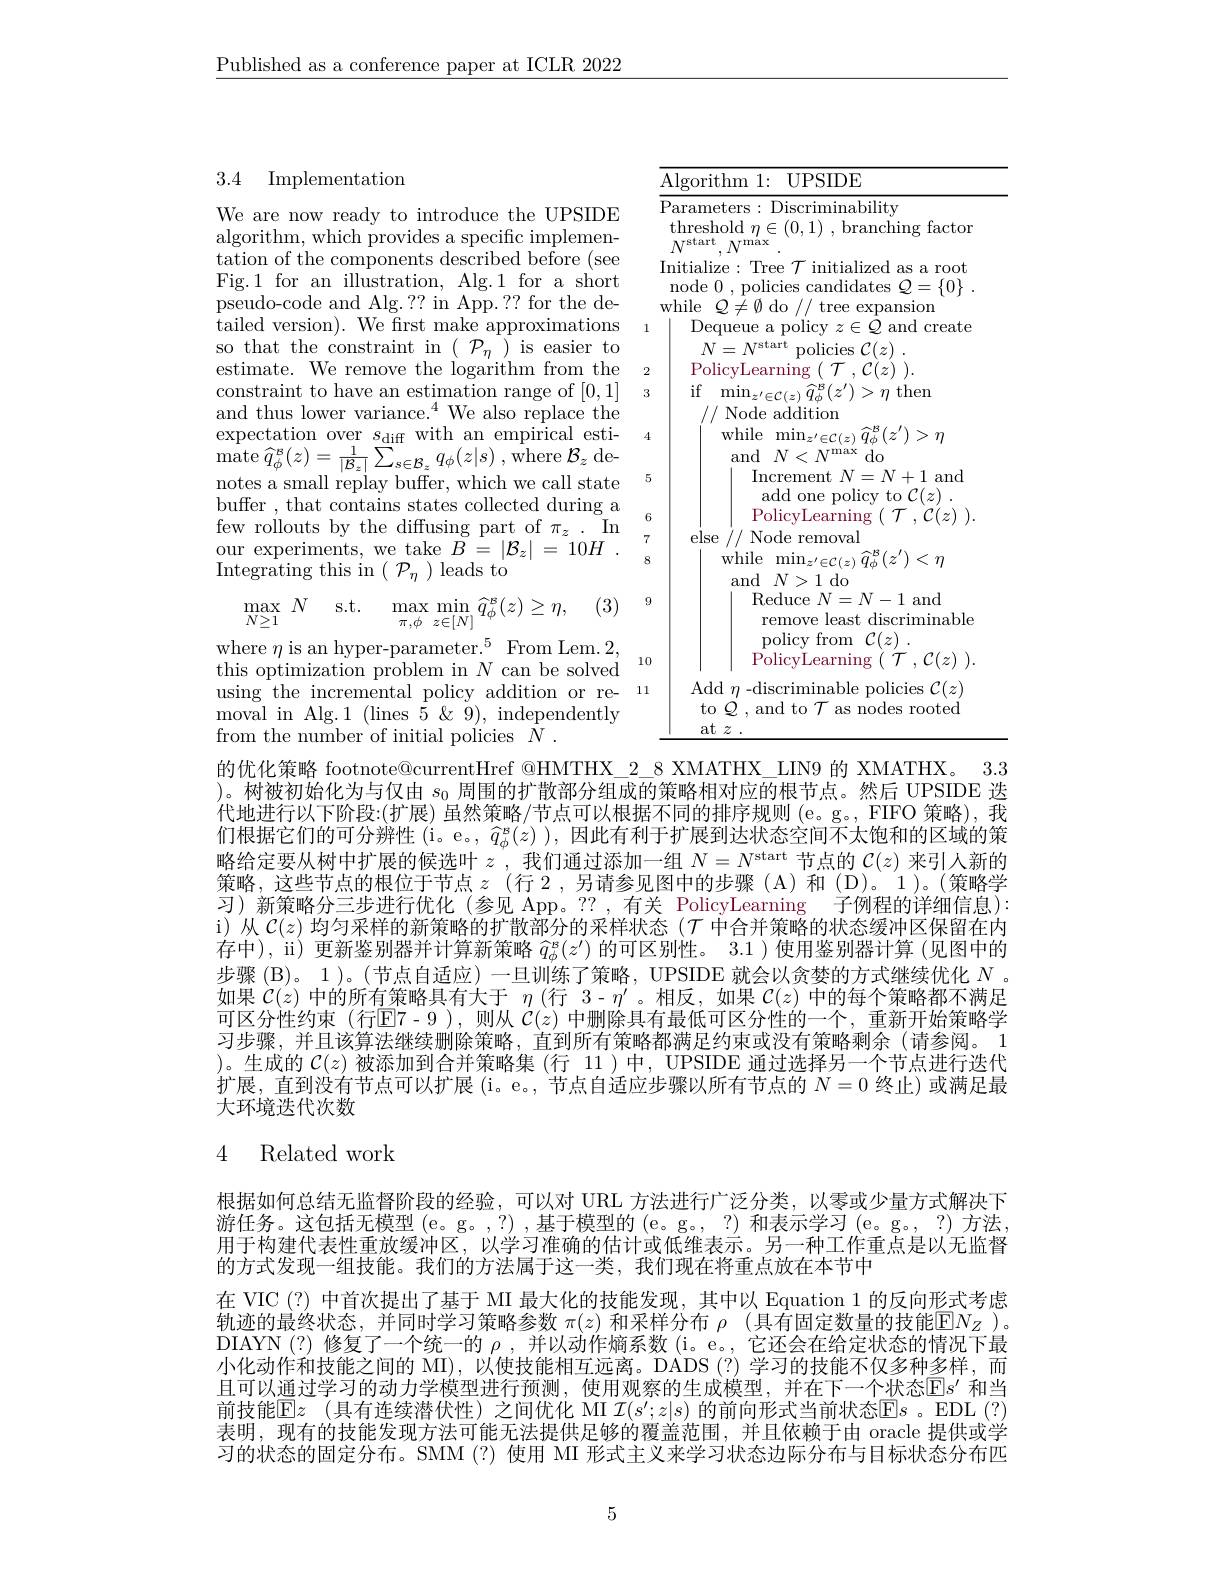
$\underline{\text{Published as a conference paper at ICLR 2022}}$

<table>
	<tbody>
		<tr>
			<td>3.4 Implementation</td>
			<td>Algorithm 1: UPSIDE</td>
		</tr>
		<tr>
			<td>We are now ready to introduce the UPSIDE algorithm, which provides a specific implemen-</td>
			<td>Parameters: Discriminability threshold $\eta\in(0,1)$ , branching factor $N^{\mathrm{start}}$ $N^{\mathrm{max}}$</td>
		</tr>
		<tr>
			<td>me components L 1 $0ut$ red berore (see Fig.1 for an illustration, Alg.1 for a short pseudo-code and Alg.?? in App.?? for the de-</td>
			<td>Initialize: Tree $\mathcal{T}$ initialized as a root node 0, policies candidates $Q=\{0\}$ while $Q\neq\emptyset$ do // tree expansion</td>
		</tr>
		<tr>
			<td>${\mathrm{tailed~version}}).$ IS ke approximatlons $KF$ so that the constraint in ( is easier to $\because D$</td>
			<td>Dequeue a policy $z\in\mathcal{Q}$ and create $N=N^{\mathrm{start}}$ policies $C( z)$</td>
		</tr>
		<tr>
			<td>estimate. $We$ $\log$ from the thp $\operatorname{rarithm}$</td>
			<td>PolicyLearning ( $\mathcal{T}$ , $\mathcal{C} ( z)$ ).</td>
		</tr>
		<tr>
			<td>constraint to have an estimation range of [0,1] $\mathrm{s.}^{4}$We also replace the and thus lower variance.</td>
			<td>$if$ $\operatorname*{min}_{z^{\prime}\in\mathcal{C}(z)}\widehat{q}_{\phi}^{B}(z^{\prime})>\eta$ then / Node addition</td>
		</tr>
		<tr>
			<td>expectation over $s_\mathrm{diff}$ with an empirical esti- $\mathop{\mathrm{mate~}\widehat{q}^{\mathrm{B}}(z)}$ . where $\mathcal{B} _{, }$de-</td>
			<td>while $\operatorname*{min}_{z^{\prime}\in\mathcal{C}(z)}\widehat{q}_{\phi}^{\mathcal{B}}(z^{\prime})>\eta$ and $N<N^{\mathrm{max}}$ $do$</td>
		</tr>
		<tr>
			<td>notes a smal replav ffer, which we call state</td>
			<td>Increment $N= N+ 1$and add one policy to $\mathcal{C} ( z)$ .</td>
		</tr>
		<tr>
			<td>our experiments, we take $B=|\mathcal{B}_z|=10H$ Integrating this in $(\mathcal{P}_{n})$ leads to</td>
			<td>else // Node removal while $\operatorname*{min}_{z^{\prime}\in\mathcal{C}(z)}\widehat{q}_{\phi}^{\mathcal{B}}(z^{\prime})<\eta$</td>
		</tr>
		<tr>
			<td>$\max N$ s.t. max min $\widehat{q}_{\phi}^{\mathcal{B}}(z)\geq\eta$, (3) ${\overset{\mathbf{n}\mathbf{n}}{N\geq1}}$ $\pi , \phi$ $z\in [ N]$</td>
			<td>Reduce $N=N-1$ and remove least discriminable</td>
		</tr>
		<tr>
			<td>where $\eta$ is an hyper-parameter.$^5$ FromLem. 2 </td>
			<td>policy from $\operatorname{PolicyLearning}$ ( $\mathcal{T}$ , $\mathcal{C} ( z)$ )</td>
		</tr>
		<tr>
			<td>using the incremental 1 policv ${\textnormal{v}}{\textnormal{addition}}{\textnormal{or}}{\textnormal{re-}}$ moval in Alg.1 (lines 5 &9), independently from the numher of initial nolicies $N$</td>
			<td>Add $\eta$-discriminable policies $\mathcal{C}(z)$ to $\mathcal{Q}$, and to $\mathcal{T}$ as nodes rooted at $z$</td>
		</tr>
	</tbody>
</table>

的优化策略 footnote@currentHref @HMTHX\_2\_8 XMATHX\_LIN9 的 XMATHX。3.3

)。树被初始化为与仅由$s_0$周围的扩散部分组成的策略相对应的根节点。然后 UPSIDE 迭代地进行以下阶段：(扩展)虽然策略/节点可以根据不同的排序规则(e。g。, FIFO 策略),我们根据它们的可分辨性(i。e。,$\widehat{q}_\phi^\mathrm{s}(z))$,因此有利于扩展到达状态空间不太饱和的区域的策略给定要从树中扩展的候选叶$z^{\prime}$,我们通过添加一组$N=N^\mathrm{start}$节点的$\mathcal{C}(z)$来引人新的策略，这些节点的根位于节点$z$ (行 2,另请参见图中的步骤 (A)和 (D)。1)。(策略学习)新策略分三步进行优化(参见 App。??,有关 PolicyLearning 子例程的详细信息) i)从$\mathcal{C}(z)$均匀采样的新策略的扩散部分的采样状态$(\mathcal{T}$中合并策略的状态缓冲区保留在内存中), ii) 更新鉴别器并计算新策略$\widehat{q}_\phi^\mathrm{s}(z^{\prime})$的可区别性。3.1 )使用鉴别器计算 (见图中的步骤(B)。1)。(节点自适应)一旦训练了策略，UPSIDE 就会以贪婪的方式继续优化$N$ 。如果$\mathcal{C}(z)$中的所有策略具有大于$\eta$ (行 3- $\eta^\prime$ 。相反，如果$\mathcal{C}(z)$中的每个策略都不满足可区分性约束(行$\overline{\mathrm{E}}7-9$ ),则从 $\mathcal{C}(z)$ 中删除具有最低可区分性的一个，重新开始策略学习步骤，并且该算法继续删除策略，直到所有策略都满足约束或没有策略剩余(请参阅。1 )。生成的$\mathcal{C}(z)$被添加到合并策略集 (行 11)中，UPSIDE 通过选择另一个节点进行迭代扩展，直到没有节点可以扩展(i。e。, 节点自适应步骤以所有节点的$N=0$终止)或满足最大环境迭代次数

# 4 Related work

根据如何总结无监督阶段的经验，可以对 URL 方法进行广泛分类，以零或少量方式解决下游任务。这包括无模型(e。g。,?) ,基于模型的 (e。g。, ?) 和表示学习 (e。g。, ?) 方法用于构建代表性重放缓冲区，以学习准确的估计或低维表示。另一种工作重点是以无监督的方式发现一组技能。我们的方法属于这一类，我们现在将重点放在本节中
在 VIC (?) 中首次提出了基于 MI 最大化的技能发现，其中以 Equation 1 的反向形式考虑轨迹的最终状态，并同时学习策略参数$\pi(z)$和采样分布$\rho(\bar\text{具有固定数量的技能}\mathbb{E}N_Z)$。DIAYN (?)修复了一个统一的$\rho$ ,并以动作熵系数 (i。e。, 它还会在给定状态的情况下最小化动作和技能之间的 MI),以使技能相互远离。DADS(?)学习的技能不仅多种多样，而且可以通过学习的动力学模型进行预测，使用观察的生成模型，并在下一个状态$\mathbb{E}s^{\prime}$ 和当前技能$\overline {\mathrm{E} }z$ (具有连续潜伏性)之间优化 MI $\mathcal{I}(s^\prime;z|s)$ 的前向形式当前状态$\overline{\mathrm{E}}s$。EDL (?) 表明，现有的技能发现方法可能无法提供足够的覆盖范围，并且依赖于由 oracle 提供或学习的状态的固定分布。SMM(?) 使用 MI 形式主义来学习状态边际分布与目标状态分布匹

5